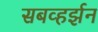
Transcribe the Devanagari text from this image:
सबव्हर्झन